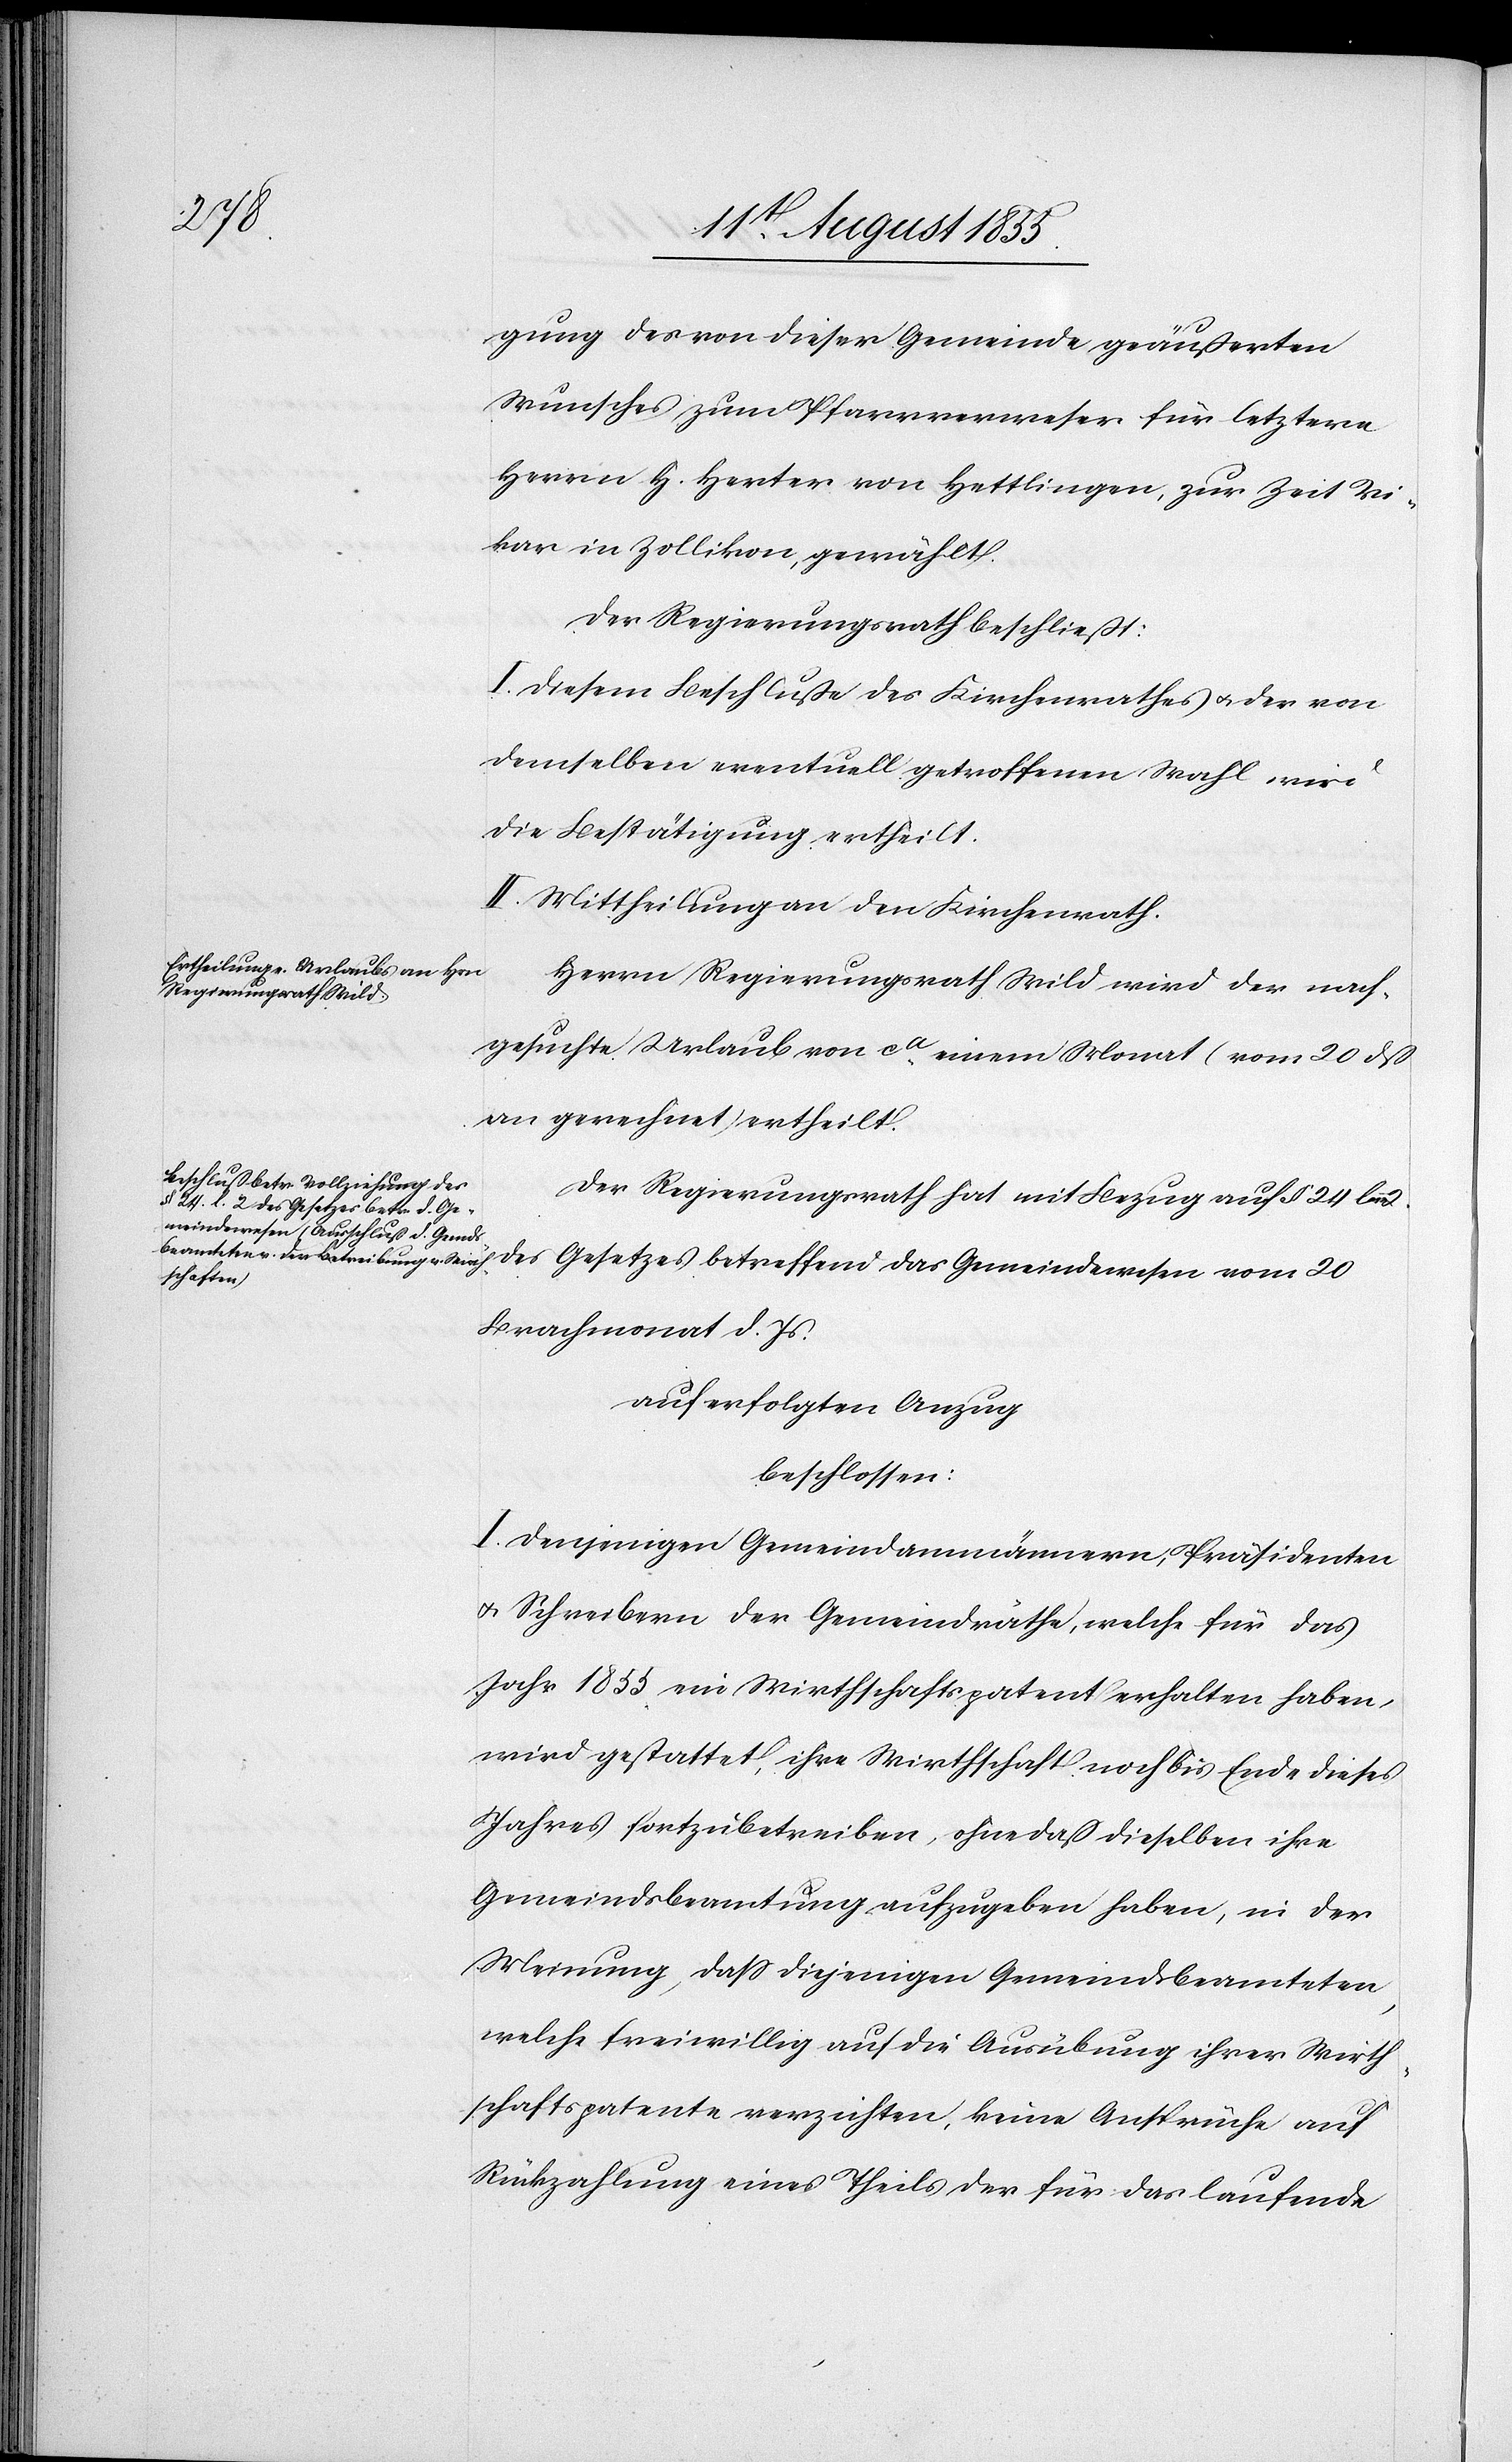
gung des von dieser Gemeinde geäußerten
Wunsches zum Pfarrverweser für letztere
Herrn H. Herter von Hettlingen, zur Zeit Vi¬
kar in Zollikon, gewählt.
Der Regierungsrath beschließt:
I. Diesem Beschluße des Kirchenrathes & der von
demselben eventuell getroffenen Wahl wird
die Bestätigung ertheilt.
II. Mittheilung an den Kirchenrath.
Herrn Regierungsrath Wild wird der nach¬
gesuchte Urlaub von ca. einem Monat (vom 20 dß
an gerechnet) ertheilt.
Der Regierungsrath hat mit Bezug auf § 24 lemma
des Gesetzes betreffend das Gemeindewesen vom 20
Brachmonat d. Js.
auf erfolgten Anzug
beschlossen:
I. Denjenigen Gemeindammännern, Präsidenten
& Schreibern der Gemeindräthe, welche für das
Jahr 1855 ein Wirthschaftspatent erhalten haben,
wird gestattet, ihre Wirthschaft noch bis Ende dieses
Jahres fortzubetreiben, ohne daß dieselben ihre
Gemeindsbeamtung aufzugeben haben, in der
Meinung, dass diejenigen Gemeindsbeamteten,
welche freiwillig auf die Ausübung ihrer Wirth¬
schaftspatente verzichten, keine Ansprüche auf
Rückzahlung eines Theils der für das laufende